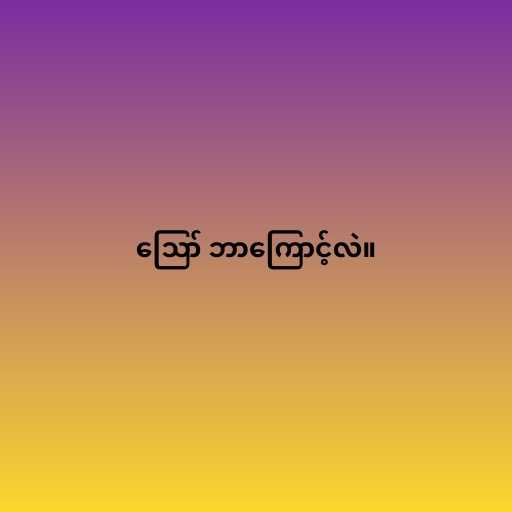
ဪ ဘာကြောင့်လဲ။